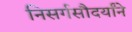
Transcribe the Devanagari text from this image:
निसर्गसौदर्यांने